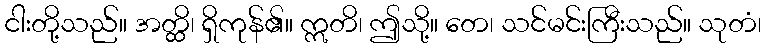
ငါးတို့သည်။ အတ္ထိ၊ ရှိကုန်၏။ ဣတိ၊ ဤသို့။ တေ၊ သင်မင်းကြီးသည်။ သုတံ၊